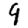
Digit: 9